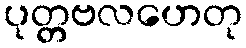
ပုတ္တဗလဟေတု